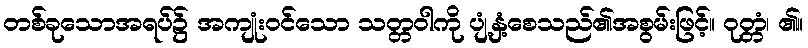
တစ်ခုသောအရပ်၌ အကျုံးဝင်သော သတ္တဝါကို ပျံ့နှံ့စေသည်၏အစွမ်းဖြင့်။ ဝုတ္တံ၊ ၏။